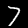
Digit: 7